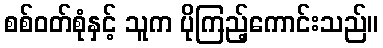
စစ်ဝတ်စုံနှင့် သူက ပိုကြည့်ကောင်းသည်။